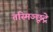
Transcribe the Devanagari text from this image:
तस्मिञ्छूद्रे